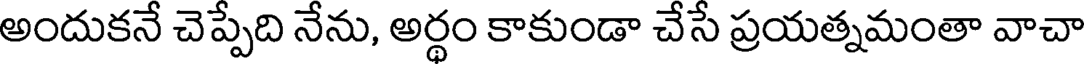
అందుకనే చెప్పేది నేను, అర్థం కాకుండా చేసే ప్రయత్నమంతా వాచా